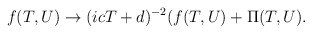
\begin{align*}f(T,U) \rightarrow (icT + d)^{-2} ( f(T,U) + {\Pi}(T,U).\end{align*}